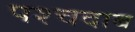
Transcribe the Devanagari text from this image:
पश्चदाब